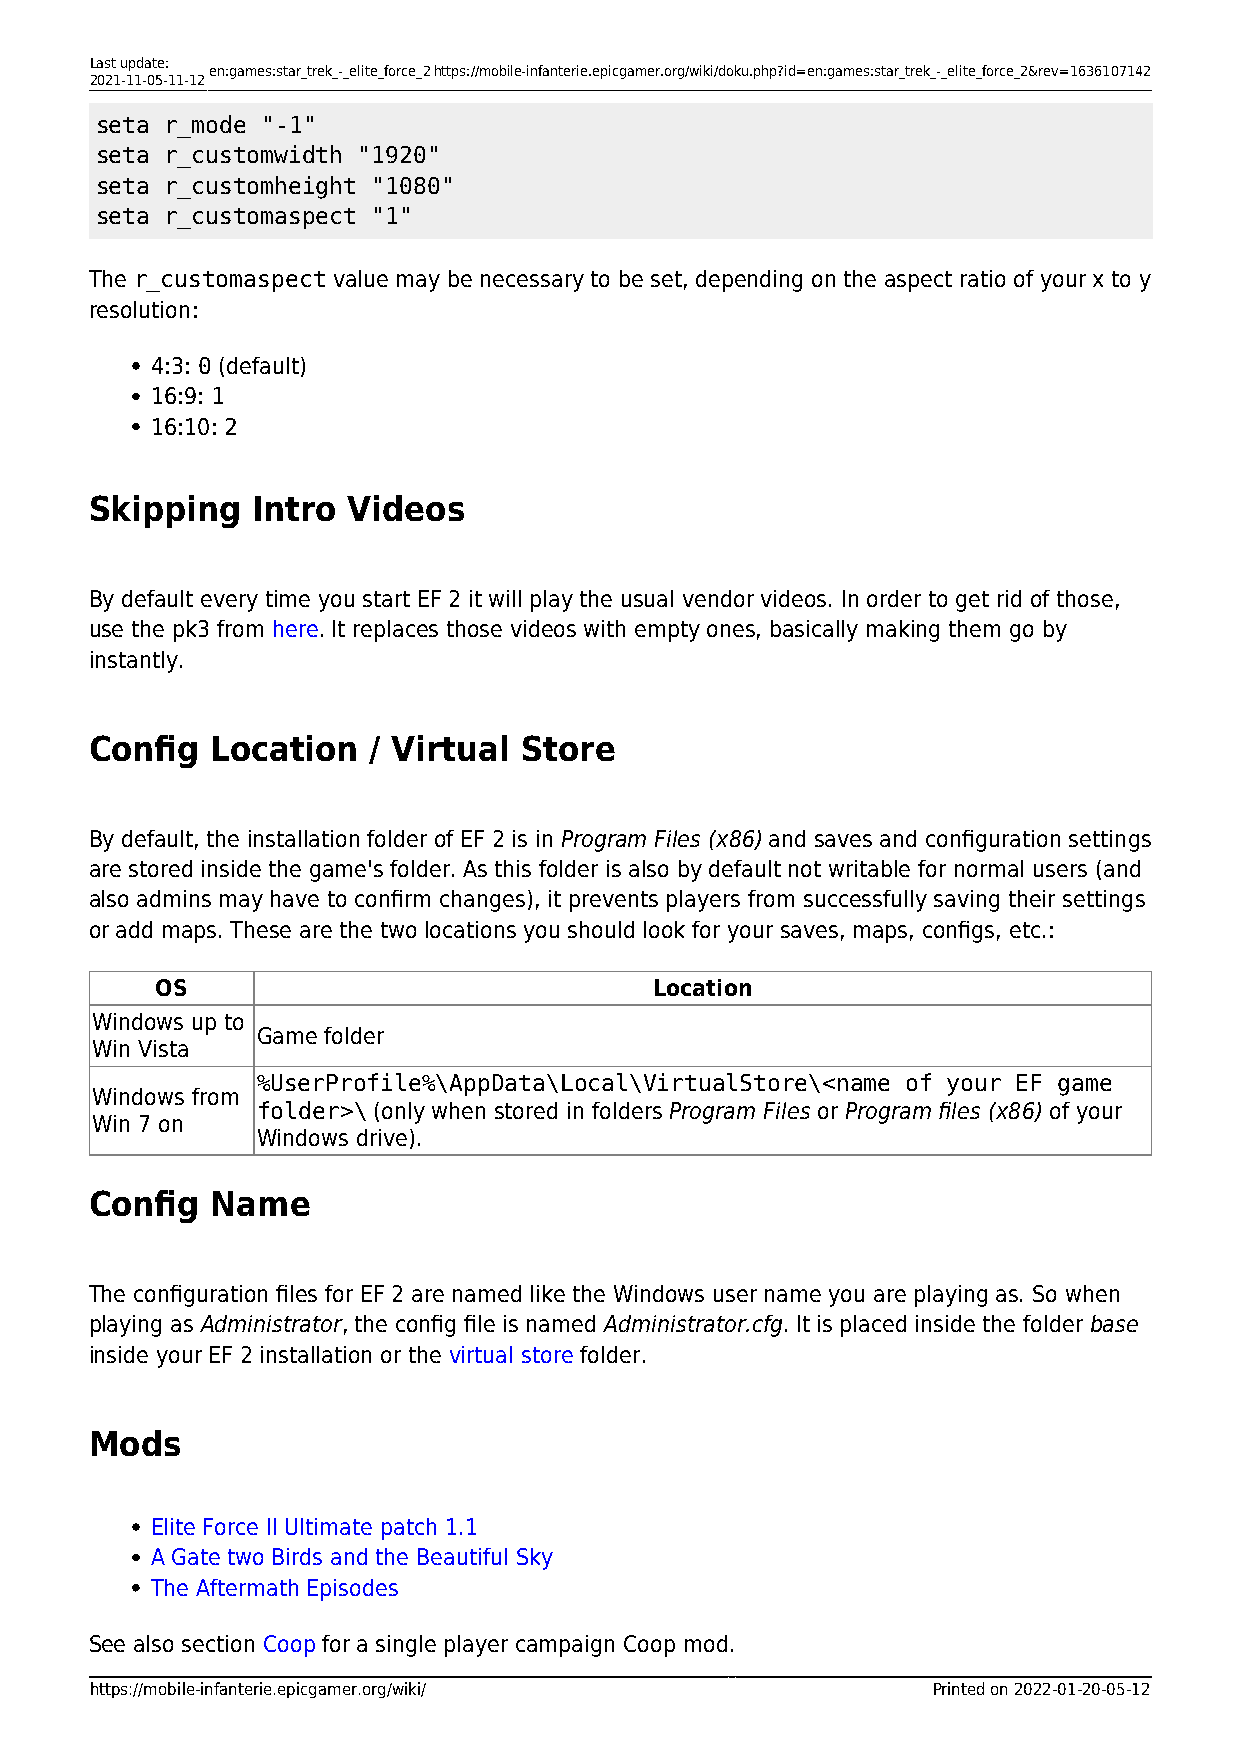
Last update:
 en:games:star_trek_-_elite_force_2https://mobile-infanterie.epicgamer.org/wiki/doku.php?id=en:games:star_trek_-_elite_force_2&rev=1636107142
 2021-11-05-11-12
 seta r_mode "-1"
 seta r_customwidth "1920"
 seta r_customheight "1080"
 seta r_customaspect "1"
 The r_customaspect value may be necessary to be set, depending on the aspect ratio of your x to y
 resolution:
 4:3: 0 (default)
 16:9: 1
 16:10: 2
 Skipping   Intro Videos
 By default every time you start EF 2 it will play the usual vendor videos. In order to get rid of those,
 use the pk3 from here. It replaces those videos with empty ones, basically making them go by
 instantly.
 Config  Location  / Virtual Store
 By default, the installation folder of EF 2 is in Program Files (x86) and saves and configuration settings
 are stored inside the game's folder. As this folder is also by default not writable for normal users (and
 also admins may have to confirm changes), it prevents players from successfully saving their settings
 or add maps. These are the two locations you should look for your saves, maps, configs, etc.:
 OS                               Location
 Windows up to
 Game folder
 Win Vista
 %UserProfile%\AppData\Local\VirtualStore\<name of your EF game
 Windows from
 folder>\ (only when stored in folders Program Files or Program files (x86) of your
 Win 7 on
 Windows drive).
 Config  Name
 The configuration files for EF 2 are named like the Windows user name you are playing as. So when
 playing as Administrator, the config file is named Administrator.cfg. It is placed inside the folder base
 inside your EF 2 installation or the virtual store folder.
 Mods
 Elite Force II Ultimate patch 1.1
 A Gate two Birds and the Beautiful Sky
 The Aftermath Episodes
 See also section Coop for a single player campaign Coop mod.
 https://mobile-infanterie.epicgamer.org/wiki/           Printed on 2022-01-20-05-12